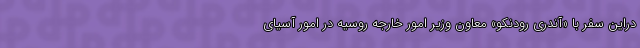
دراین سفر با «آندری رودنکو» معاون وزیر امور خارجه روسیه در امور آسیای